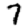
Digit: 7